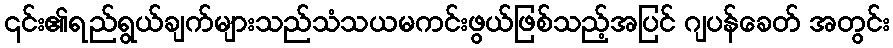
၎င်း၏ရည်ရွယ်ချက်များသည်သံသယမကင်းဖွယ်ဖြစ်သည့်အပြင် ဂျပန်ခေတ် အတွင်း